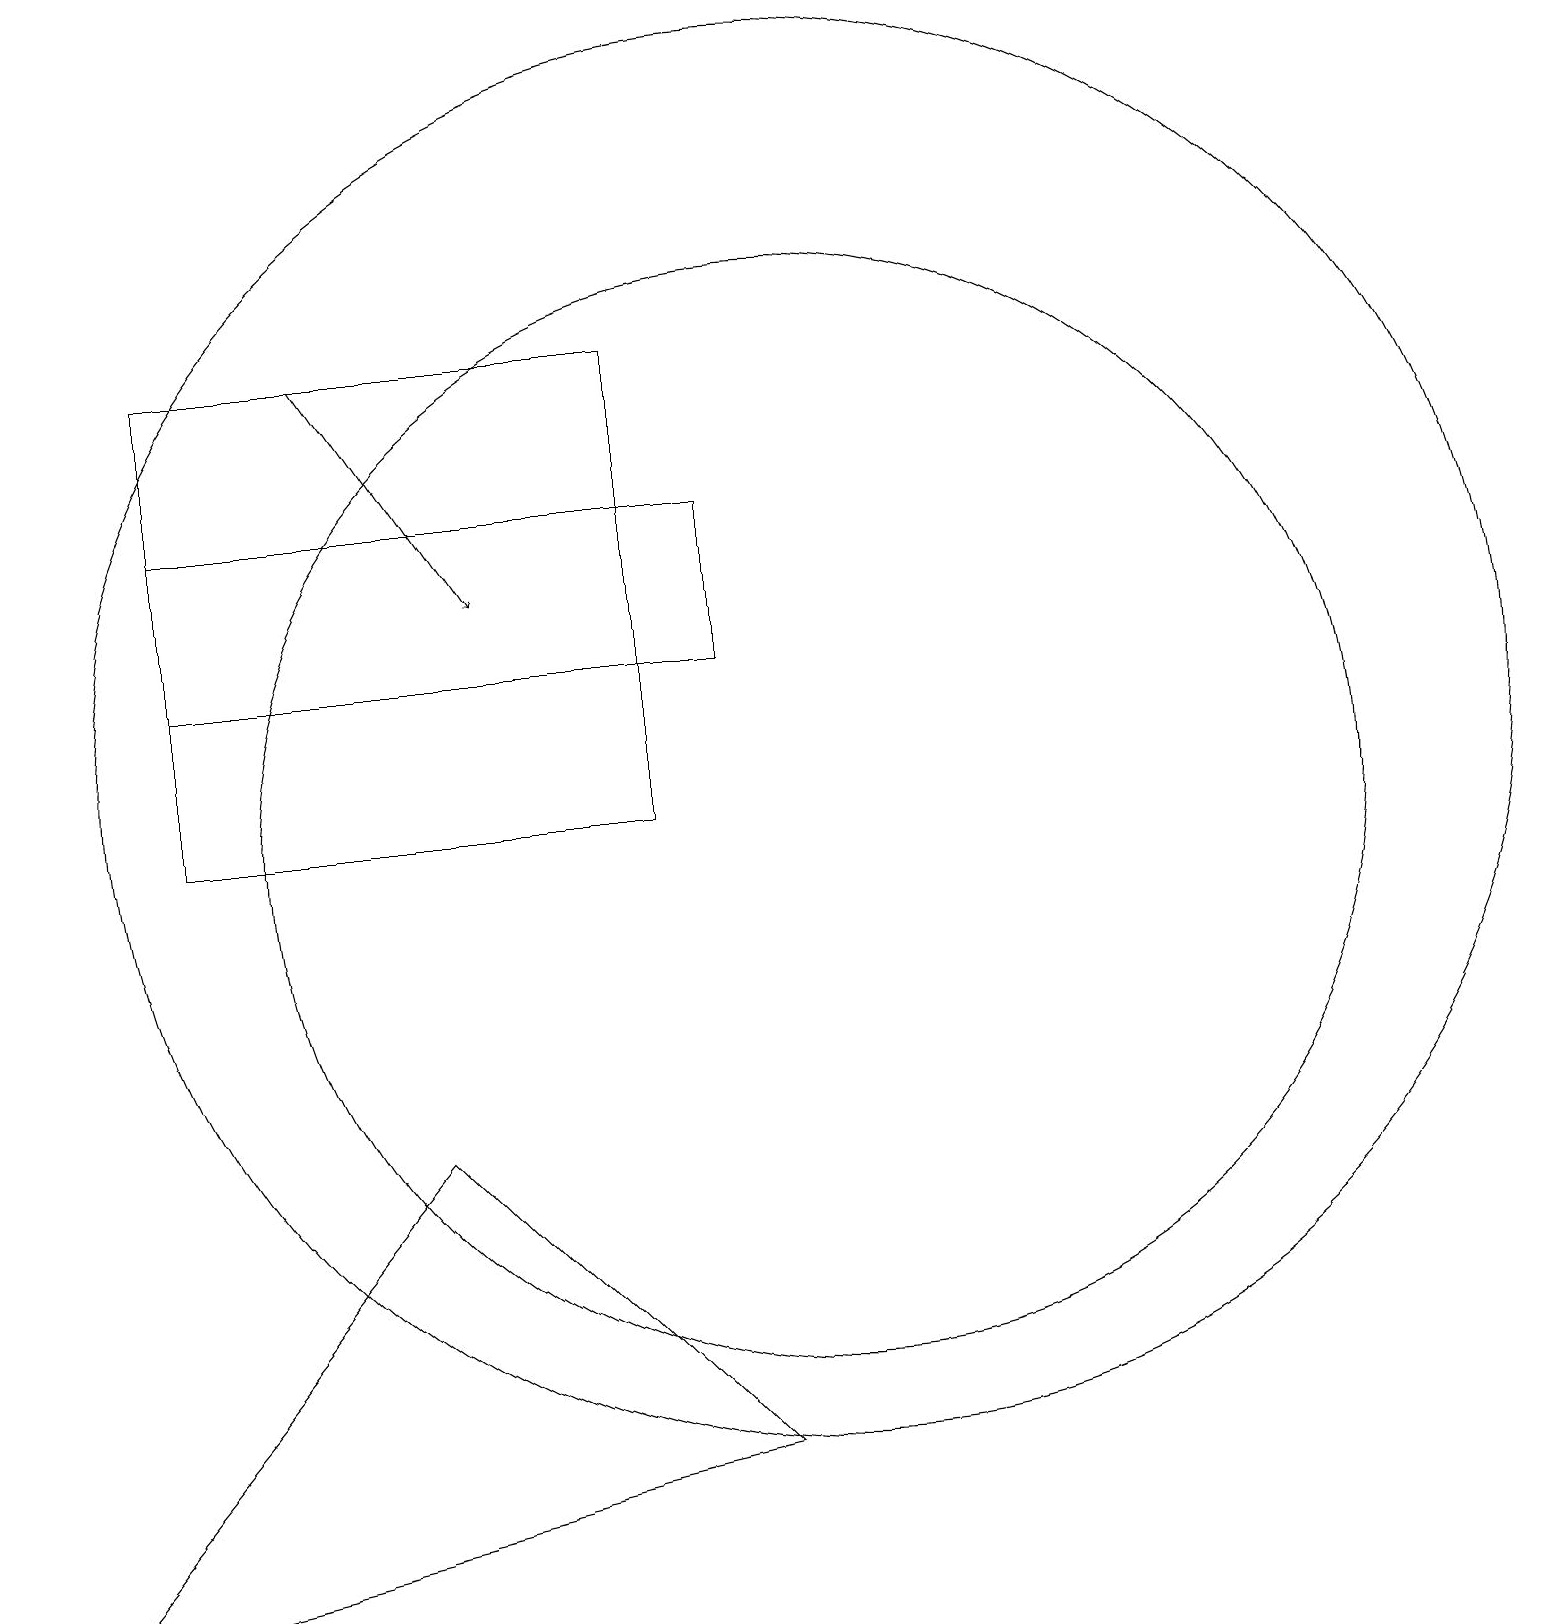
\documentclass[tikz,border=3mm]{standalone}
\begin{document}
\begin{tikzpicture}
\draw (2,13) rectangle (9,15);
\draw[->] (4,17) -- (6,14);
\draw (5,7) -- (9,3) -- (0,1) -- cycle;
\draw (10,11) circle (7);
\draw (10,12) circle (9);
\draw (8,17) rectangle (2,11);
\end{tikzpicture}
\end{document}